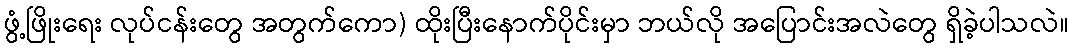
ဖွံ့ဖြိုးရေး လုပ်ငန်းတွေ အတွက်ကော) ထိုးပြီးနောက်ပိုင်းမှာ ဘယ်လို အပြောင်းအလဲတွေ ရှိခဲ့ပါသလဲ။